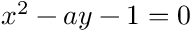
x ^ { 2 } - a y - 1 = 0